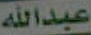
عبدالله